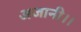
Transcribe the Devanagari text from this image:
अजानी।।